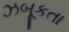
ઝબૂકતા